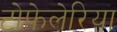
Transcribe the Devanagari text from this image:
टोफेलेरिया